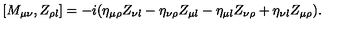
[ M _ { \mu \nu } , Z _ { \rho \l } ] = - i ( \eta _ { \mu \rho } Z _ { \nu \l } - \eta _ { \nu \rho } Z _ { \mu \l } - \eta _ { \mu \l } Z _ { \nu \rho } + \eta _ { \nu \l } Z _ { \mu \rho } ) .